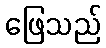
ဖြေသည်